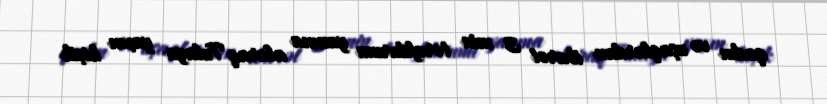
qadın və uşaqlardan ibarət 3 min tərəfdarımı yanına alaraq Tulaya yaxın kiçik